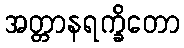
အတ္တာနရက္ခိတော